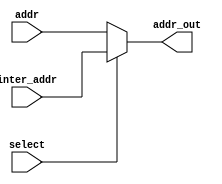
module mux_(addr_out, select, addr, inter_addr);
input [13:0] addr;
input [13:0] inter_addr;
input select;
output [13:0] addr_out;

assign addr_out = ~select ? addr : inter_addr;

endmodule